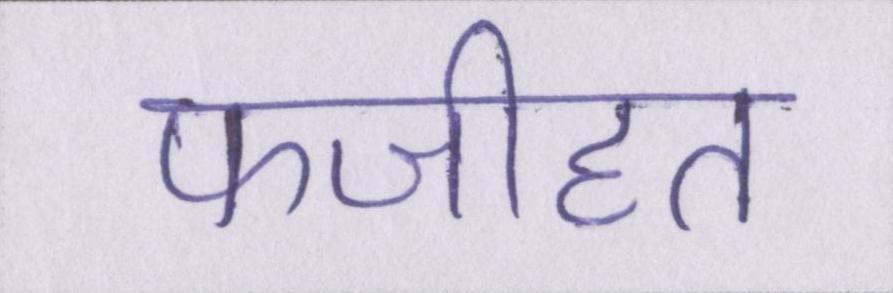
फजीहत